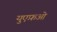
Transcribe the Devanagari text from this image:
युएफ़ओ